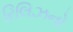
રિલિઝનો